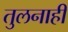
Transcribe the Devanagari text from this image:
तुलनाही